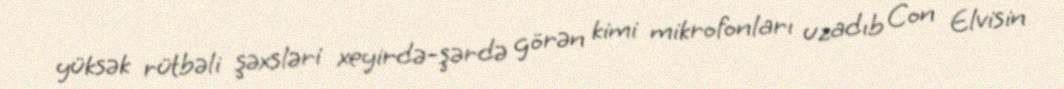
yüksək rütbəli şəxsləri xeyirdə-şərdə görən kimi mikrofonları uzadıb Con Elvisin